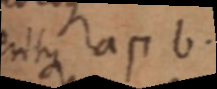
eritque a п b.